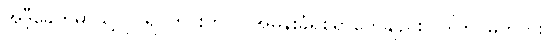
အဲဒီ့ခေတ်မှာသူ့လုပ်ရပ်တိုင်းဟာလူအမုန်းခံရစရာတွေချည်းပဲ ဒါတင်မကဘူး။